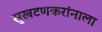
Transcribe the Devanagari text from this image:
सुखटणकरांनाला